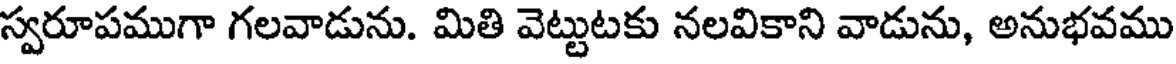
స్వరూపముగా గలవాడును. మితి వెట్టుటకు నలవికాని వాడును, అనుభవము